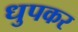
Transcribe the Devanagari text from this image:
धुपकर